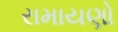
રામાયણો